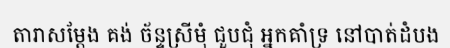
តារាសម្តែង គង់ ច័ន្ទស្រីមុំ ជួបជុំ អ្នកគាំទ្រ នៅបាត់ដំបង